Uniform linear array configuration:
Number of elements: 64
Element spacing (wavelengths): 0.5
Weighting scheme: blackman
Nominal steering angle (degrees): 60
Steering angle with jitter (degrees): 59.499
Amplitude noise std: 0.05
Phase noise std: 0.05

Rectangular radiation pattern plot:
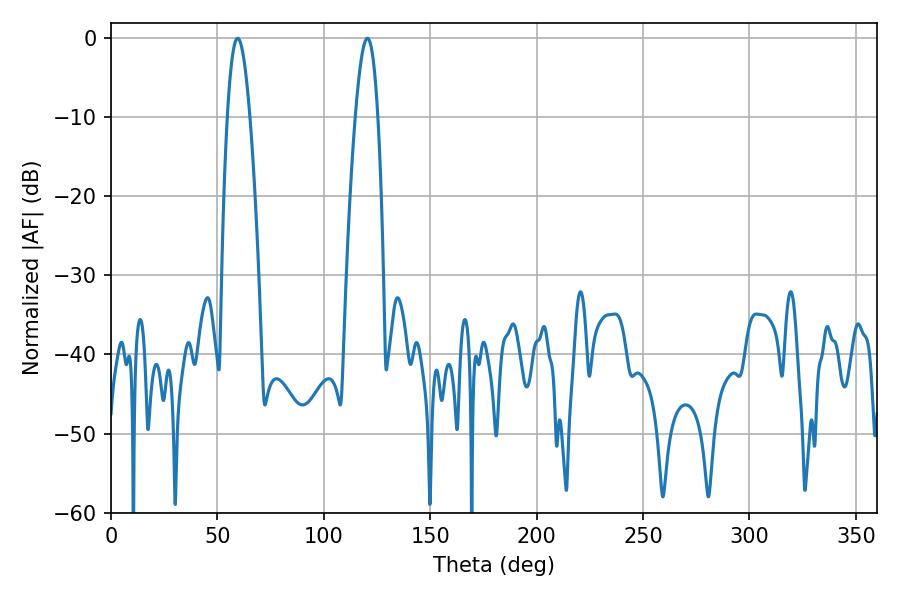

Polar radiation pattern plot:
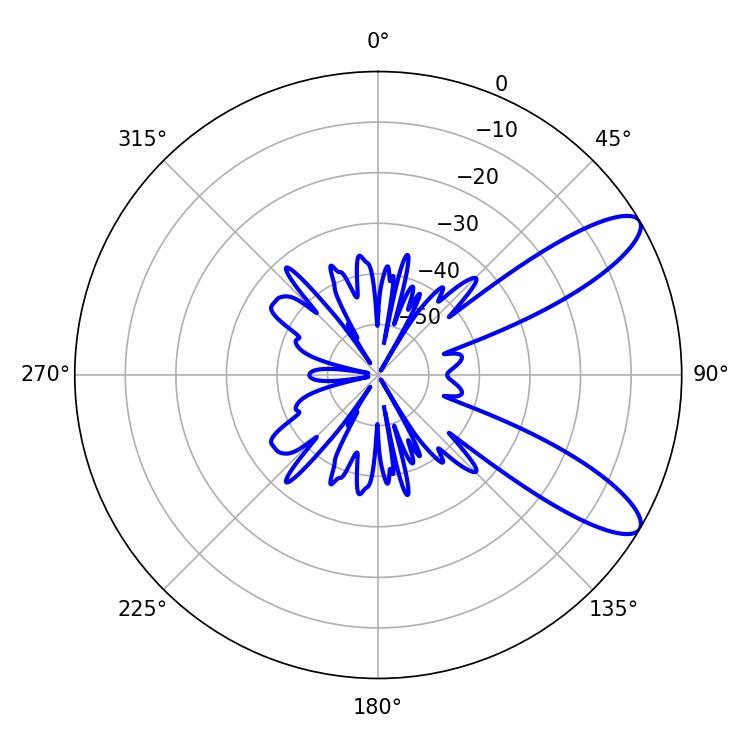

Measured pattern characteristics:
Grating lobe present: FALSE
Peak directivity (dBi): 10.248
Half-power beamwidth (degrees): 5.76
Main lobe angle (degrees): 59.58